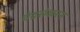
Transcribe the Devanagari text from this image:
चंद्रसेकरन